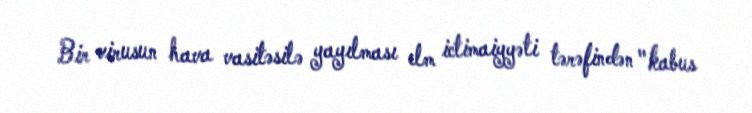
Bir virusun hava vasitəsilə yayılması elm ictimaiyyəti tərəfindən "kabus